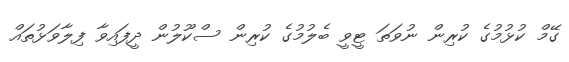
ގޭމް ކުޅުމުގެ ކުރިން ނުވަތަ ޓީވީ ބެލުމުގެ ކުރިން ސްކޫލުން ދީފައިވާ ފިލާވަޅުތައް